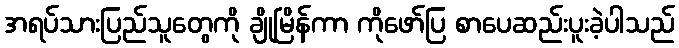
အရပ်သားပြည်သူတွေကို ချိုမြိန်ကာ ကိုဖော်ပြ စာပေဆည်းပူးခဲ့ပါသည်